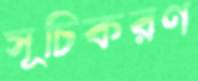
সূচিকরণ